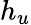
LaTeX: h_{u}